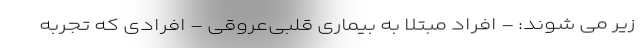
زیر می شوند: - افراد مبتلا به بیماری قلبی‌عروقی - افرادی که تجربه